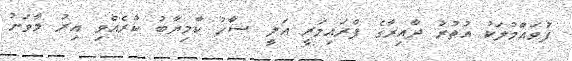
ފުވައްމުލަކު އުތުރު ދާއިރާގެ ޕްރައިމަރީ އަލީ ޝާހު ކާމިޔާބު ކުރެއްވި އިރު މާވަށު